Indian journal of veterinary science and animal husbandry - Volume 7,
Year: 1937
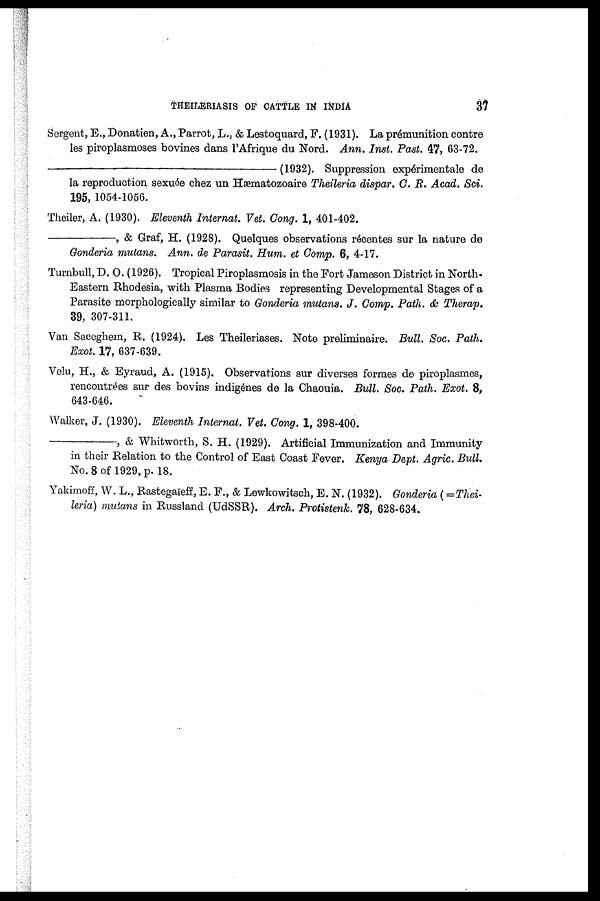
THEILERIASIS OF CATTLE IN INDIA
37
Sergent, E., Donatien, A., Parrot, L., & Lestoquard, F. (1931). La premunition contre
les piroplasmoses bovines dans l'Afrique du Nord. Ann. Inst. Past. 47, 63-72.
––––––––––––––––––––––––––––(1932).
Suppression expérimentale de
la reproduction sexuée chez un Hæmatozoaire Theileria dispar. C. R. Acad. Sci.
195, 1054-1056.
Theiler, A. (1930). Eleventh Internat. Vet. Cong. 1, 401-402.
–––––––––––, & Graf, H. (1928). Quelques observations récentes sur la nature de
Gonderia mutans. Ann. de Parasit. Hum. et Comp. 6, 4-17.
Turnbull, D. O. (1926). Tropical Piroplasmosis in the Fort Jameson District in North¬
Eastern Rhodesia, with Plasma Bodies representing Developmental Stages of a
Parasite morphologically similar to Gonderia mutans. J. Comp. Path. & Therap.
39, 307-311.
Van Saceghem, R. (1924). Les Theileriases. Note preliminaire. Bull. Soc. Path.
Exot. 17, 637-639.
Velu, H., & Eyraud, A. (1915). Observations sur diverses formes de piroplasmes,
rencontrées sur des bovins indigénes de la Chaouia. Bull. Soc. Path. Exot. 8,
643-646.
Walker, J. (1930). Eleventh Internat. Vet. Cong. 1, 398-400.
, & Whitworth, S. H. (1929). Artificial Immunization and Immunity
in their Relation to the Control of East Coast Fever. Kenya Dept. Agric. Bull.
No. 8 of 1929, p. 18.
Yakimoff, W. L., Rastegaieff, E. F., & Lewkowitsch, E. N. (1932). Gonderia (=Thei¬
leria) mutans in Russland (UdSSR). Arch. Protistenk. 78, 628-634.